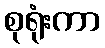
စုရုံးကာ